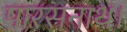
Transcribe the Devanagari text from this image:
पारसनाथ।